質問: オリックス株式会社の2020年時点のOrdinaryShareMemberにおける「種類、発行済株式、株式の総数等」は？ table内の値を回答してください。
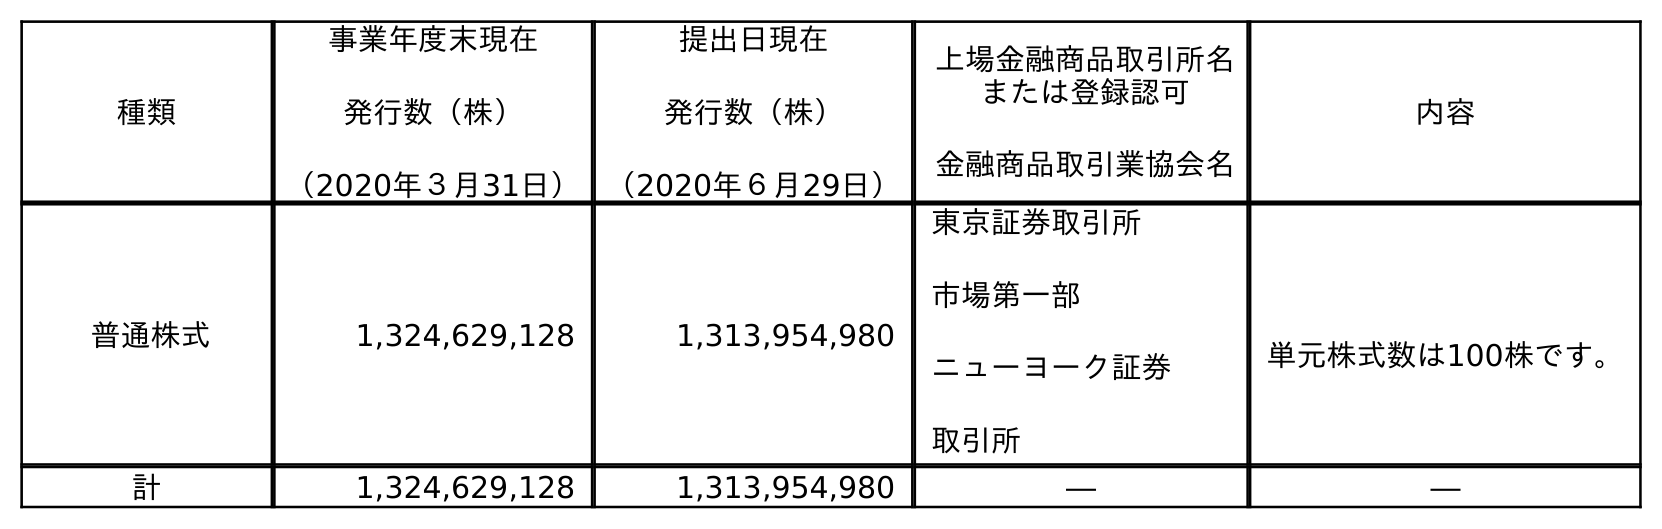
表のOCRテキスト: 種類 事業年度末現在 発行数（株） （2020年３月31日） 提出日現在 発行数（株） （2020年６月29日） 上場金融商品取引所名 または登録認可 金融商品取引業協会名 内容 普通株式 1,324,629,128 1,313,954,980 東京証券取引所 市場第一部 ニューヨーク証券 取引所 単元株式数は100株です。 計 1,324,629,128 1,313,954,980 ― ―
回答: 普通株式